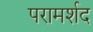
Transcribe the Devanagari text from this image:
परामर्शद